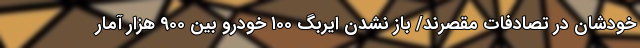
خودشان در تصادفات مقصرند/ باز نشدن ایربگ ۱۰۰ خودرو بین ۹۰۰ هزار آمار